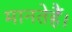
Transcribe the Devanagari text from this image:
मानतेहैं।